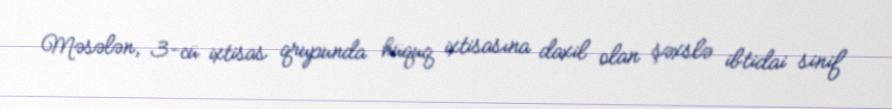
Məsələn, 3-cü ixtisas qrupunda hüquq ixtisasına daxil olan şəxslə ibtidai sinif